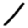
Digit: 1